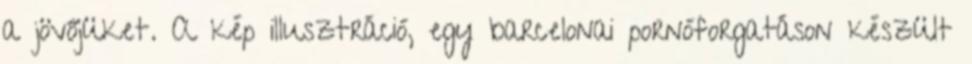
a jövőjüket. A kép illusztráció, egy barcelonai pornóforgatáson készült